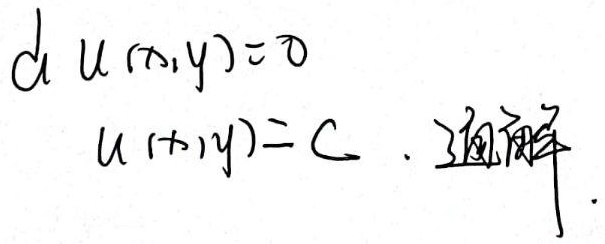
\(du(x,y)=0\)，通解为 \(u(x,y)=C\)